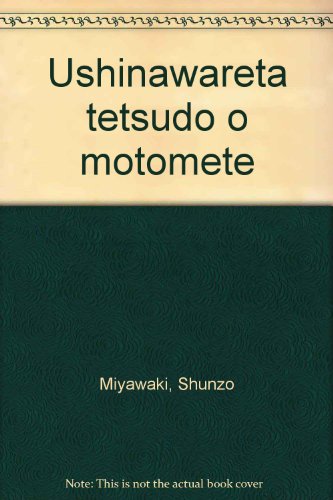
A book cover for Ushinawareta tetsudo o motomete (Japanese Edition); Shunzo Miyawaki; Travel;